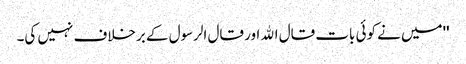
''میں نے کوئی بات قال اﷲ اور قال الرسول کے برخلاف نہیں کی۔